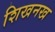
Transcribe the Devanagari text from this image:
शिखनख